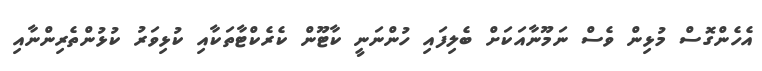
އެހެންގޮސް މުޅިން ވެސް ނަމޫނާއަކަށް ބެލިފައި ހުންނަނީ ކާޓޫން ކެރެކްޓާތަކާއި ކުޅިވަރު ކުޅުންތެރިންނާއި